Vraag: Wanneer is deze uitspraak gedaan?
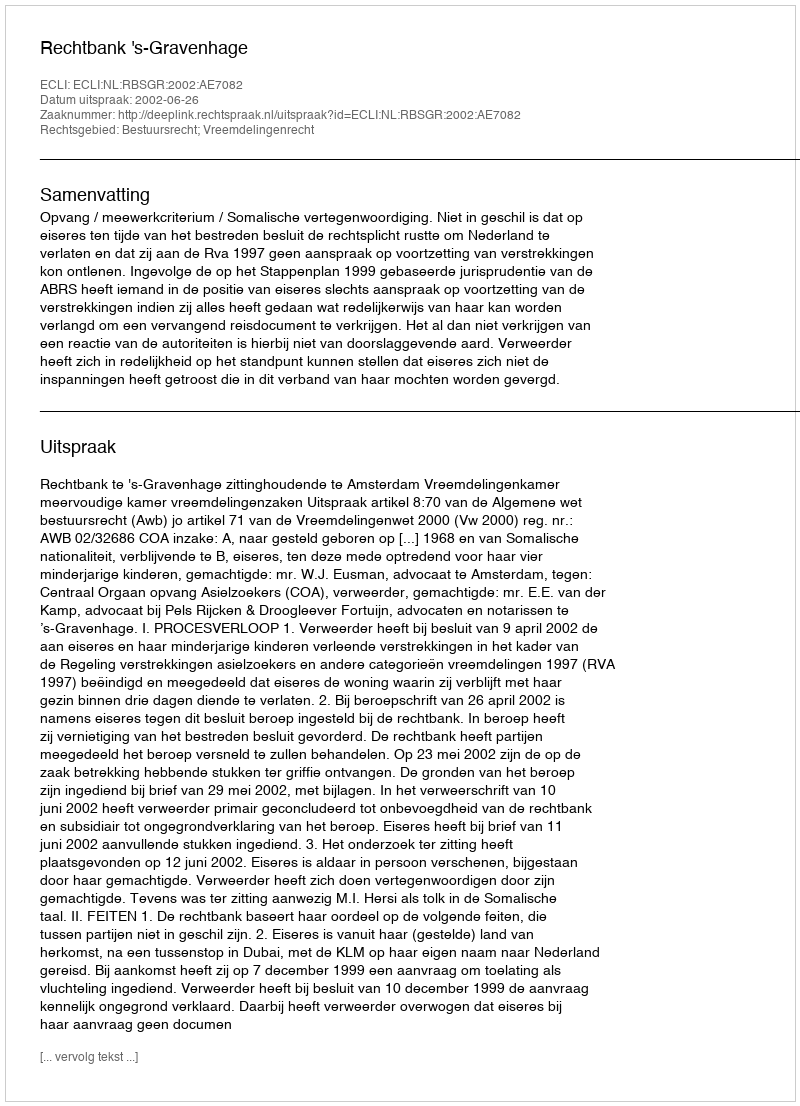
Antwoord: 2002-06-26